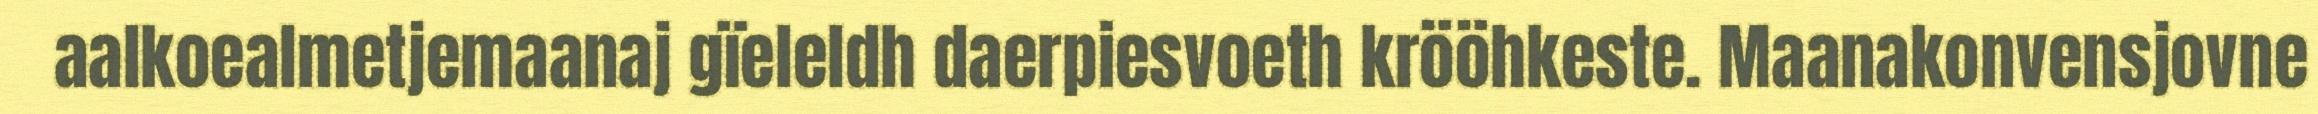
aalkoealmetjemaanaj gïeleldh daerpiesvoeth krööhkeste. Maanakonvensjovne